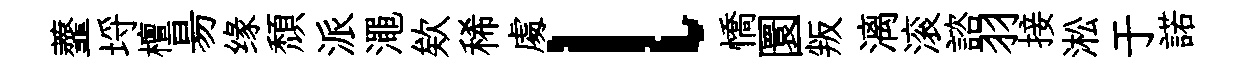
虀埓檀昜缘頹派澠欸稀䖏l憍圜叛漓滚諮羽接淞于諾